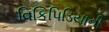
વિકિપિડિયાની